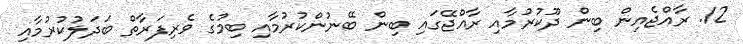
12. ރާއްޖެއިން ބިން ދޫކުރުމާއި ރާއްޖޭގައި ބިން ބޭނުންކުރުމާއި ބިމުގެ ވެރިފަރާތް ބަދަލުކުރުމާއި